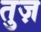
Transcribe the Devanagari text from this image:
तुज़